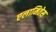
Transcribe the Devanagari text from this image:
एलामितेस